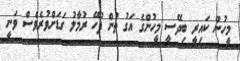
މީހުން ކައިރީ ބިދޭސީ މީހުންގެ އަގު ތުން ފުހޭ ރުމާލު ގަޑަށްވުރެވެސް ވަނީ